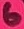
Text: 6